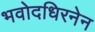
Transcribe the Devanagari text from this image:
भवोदधिरनेन